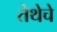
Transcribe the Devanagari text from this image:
तेथेचे